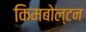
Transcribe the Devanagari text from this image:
किमबोल्टन